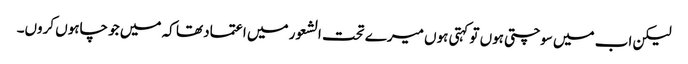
لیکن اب میں سوچتی ہوں تو کہتی ہوں میرے تحت الشعور میں اعتماد تھا کہ میں جو چاہوں کروں۔